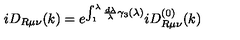
i D _ { R \mu \nu } ( k ) = e ^ { \int _ { 1 } ^ { \lambda } \frac { d \lambda } \lambda \gamma _ { 3 } ( \lambda ) } i D _ { R \mu \nu } ^ { ( 0 ) } ( k )